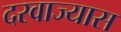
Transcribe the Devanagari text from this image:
दरवाज्यास